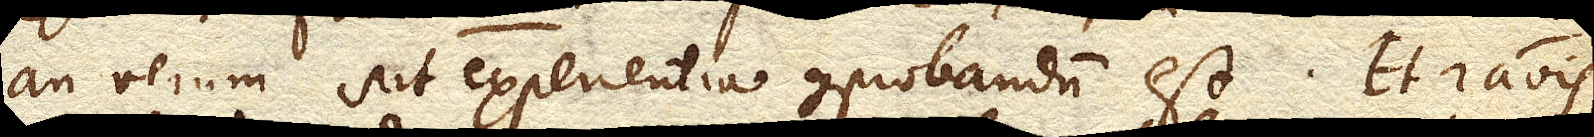
an verum sit experientia comprobandum est. Et rationis